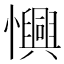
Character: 𢤽